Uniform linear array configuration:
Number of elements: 8
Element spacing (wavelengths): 0.5
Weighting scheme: uniform
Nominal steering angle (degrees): -45
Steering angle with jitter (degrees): -43.282
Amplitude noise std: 0.05
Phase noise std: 0.05

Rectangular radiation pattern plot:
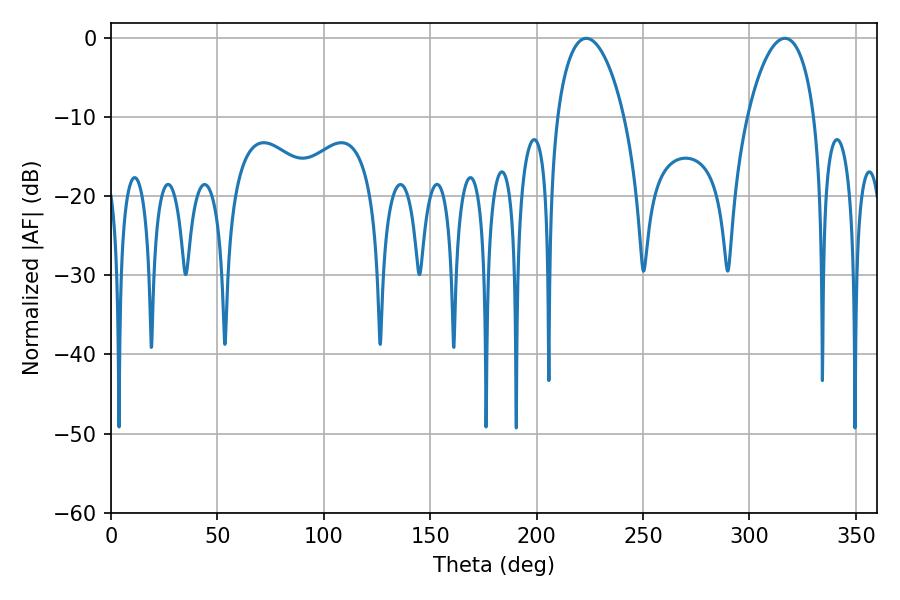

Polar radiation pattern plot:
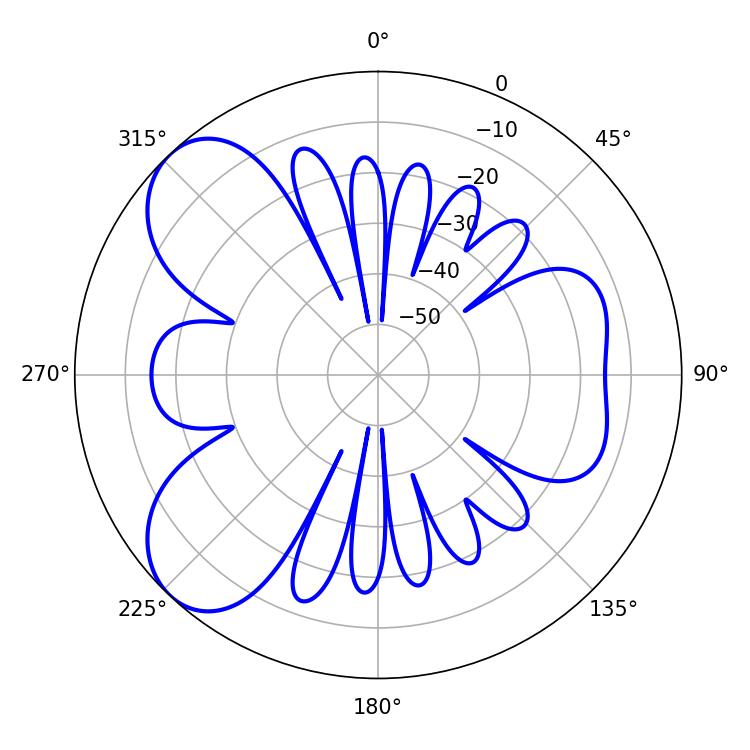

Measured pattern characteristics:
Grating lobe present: FALSE
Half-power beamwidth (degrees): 17.82
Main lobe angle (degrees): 223.38